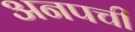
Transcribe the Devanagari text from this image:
अनपची